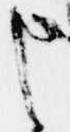
申